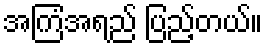
အကြံအရည် ပြည့်တယ်။